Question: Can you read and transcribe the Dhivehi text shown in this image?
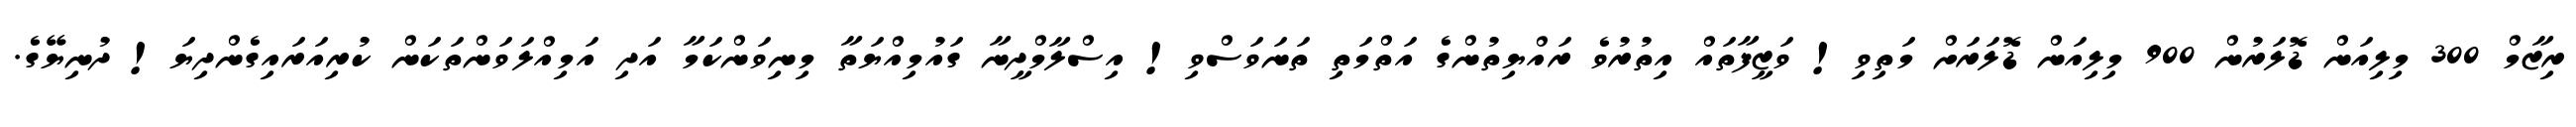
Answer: ރިޒާމް 300 މިލިއަން ޑޮލަރުން 900 މިލިއަން ޑޮލަރަށް މަތިވި! ވަޒީފާތައް އިތުރުވެ ރައްޔިތުންގެ އަތްމަތި ތަނަވަސްވި! އިސްލާމްދީނާ ގައުމިއްޔަތާ މިނިވަންކަމާ އަދި އަމިއްލަވަންތަކަން ކުރިއަރައިގެންދިޔަ! ދުނިޔޭގެ.